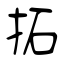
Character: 拓